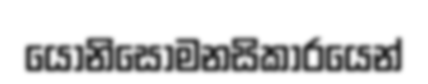
යෝනිසෝමනසිකාරයෙන්